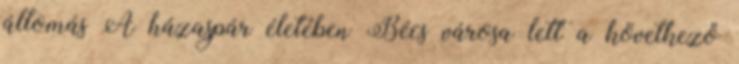
állomás A házaspár életében Bécs városa lett a következő